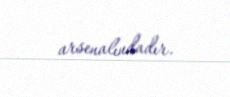
arsenalındadır.